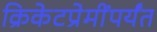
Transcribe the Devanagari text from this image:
क्रिकेटप्रेमींपर्यंत